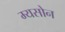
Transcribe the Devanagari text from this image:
म्यसोन